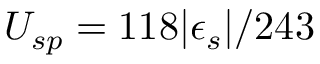
U _ { s p } = 1 1 8 | \epsilon _ { s } | / 2 4 3